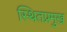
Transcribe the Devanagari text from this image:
स्थितप्रमुख